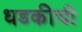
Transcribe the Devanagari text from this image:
धडकीची